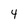
Character: 4